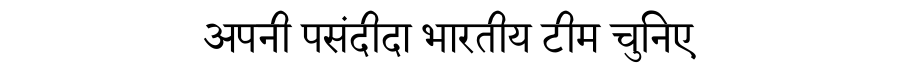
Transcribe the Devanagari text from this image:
अपनी पसंदीदा भारतीय टीम चुनिए